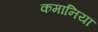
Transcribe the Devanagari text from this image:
कमानियां